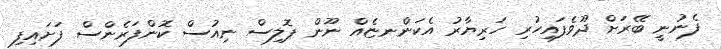
ފެނުނީ ބޭރަށް ދޫވެފައިހުރި ހަރިޔާރު އެކަންނޏެއް ނޫން ޕޮލިސް ނިއުސް ކޮންފަރެންސް ފަށައިިފި